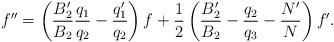
LaTeX: \begin{align*}f^{\prime \prime }=\left( \frac{B_{2}^{\prime }}{B_{2}}\frac{q_{1}}{q_{2}}-\frac{q_{1}^{\prime }}{q_{2}}\right) f+\frac{1}{2}\left( \frac{B_{2}^{\prime}}{B_{2}}-\frac{q_{2}}{q_{3}}-\frac{N^{\prime }}{N}\right) f^{\prime }. \end{align*}